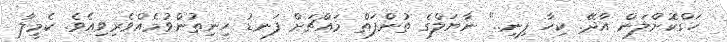
ހަގްކޮށްލަން އާދޭ. ކިހާ ފިނި.." ނާޔަލްގެ ތުންފަތް މައްޗަށް ފަނޑު ހިނިތުންވުމެއްވެރިވިއެވެ. ކެމީލާ